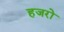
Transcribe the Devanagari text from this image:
हजरो